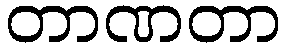
တာဏတာ